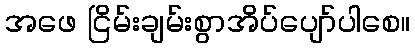
အဖေ ငြိမ်းချမ်းစွာအိပ်ပျော်ပါစေ။